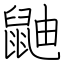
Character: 鼬